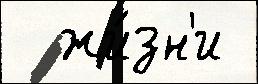
  жи́зн'и